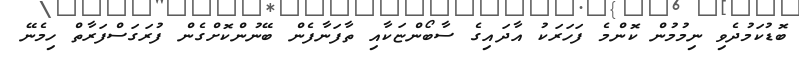
ބޮޑުކަމުދެވި ނިމުމުން ކޮންމެ ފަހަރަކު އާދައިގެ ސާބޯންޏަކާއި ތާފަނާފެން ބޭނުންކޮށްގެން ފުރަގަސްފަރާތް ހިމެނޭ